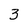
Character: 3